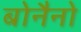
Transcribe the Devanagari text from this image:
बोनैनो